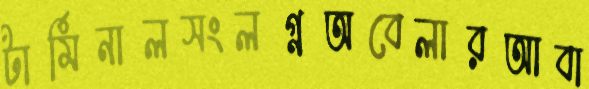
টার্মিনালসংলগ্নঅবেলারআবা